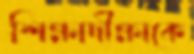
শিক্ষাদীক্ষাকে